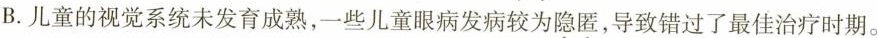
B.儿童的视觉系统未发育成熟，一些儿童眼病发病较为隐匿，导致错过了最佳治疗时期。